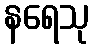
နရေသု